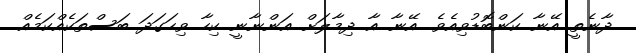
ދާނެތީ އޭނާ ކަންބޮޑުވިއެވެ. އޭނާ އާ ދިމާލަށް އަންނާނީ ކިހާ ވިހަގަދަ ބަސްތަކެއްކަމެއް